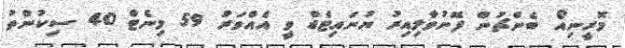
މޮރީނިއޯ ބެންޗުން ފޮނުވާލިއިރު ޔުނައިޓެޑް ވީ އެއްވަރު 59 މިނެޓް 40 ސިކުންތު